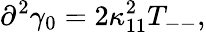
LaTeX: \partial^{2}\gamma_{0}=2\kappa_{11}^{2}T_{--},